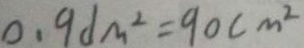
0 . 9 d m ^ { 2 } = 9 0 c m ^ { 2 }